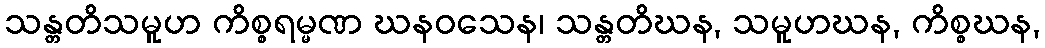
သန္တတိသမူဟ ကိစ္စရမ္မဏ ဃနဝသေန၊ သန္တတိဃန, သမူဟဃန, ကိစ္စဃန,